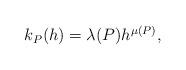
LaTeX: \begin{align*} \begin{aligned}k_P(h)=\lambda(P)h^{\mu(P)}, \end{aligned} \end{align*}